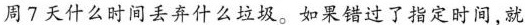
周7天什么时间丢弃什么垃圾。如果错过了指定时间，就